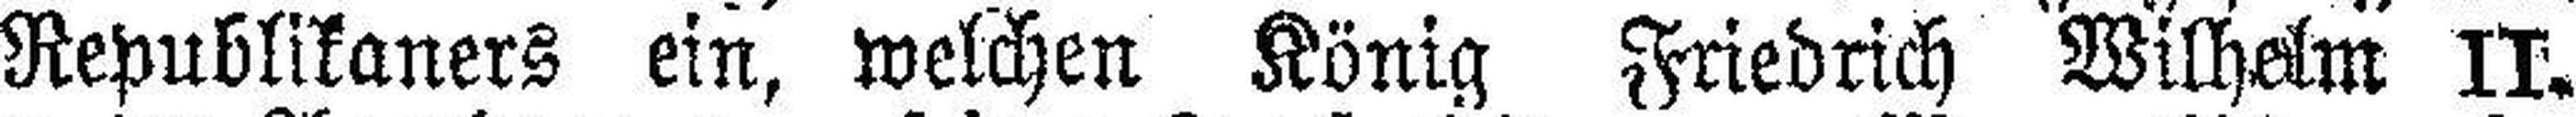
Republikaners ein, welchen König Friedrich Wilhelm II.